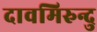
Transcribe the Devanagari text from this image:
दावमिरुन्दु